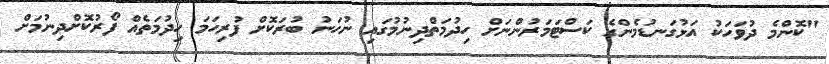
"ކޮންމެ ދުވަހަކު އަޅުގަނޑުމެންގެ ކަސްޓަމަރުންނަށް ހިދުމަތްދިނުމުގައި ނުހަނު ބުރަކޮށް ފުރިހަމަ ހިދުމަތެއް ފޯރުކޮށްދިނުމަށް